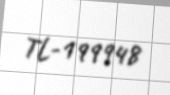
TL-199948